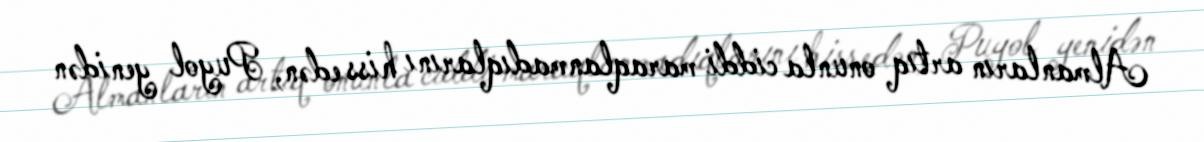
Almanların artıq onunla ciddi maraqlanmadıqlarını hiss edən, Puyol yenidən